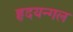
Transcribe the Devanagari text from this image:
हृदयन्गल